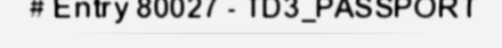
# Entry 80027 - TD3_PASSPORT